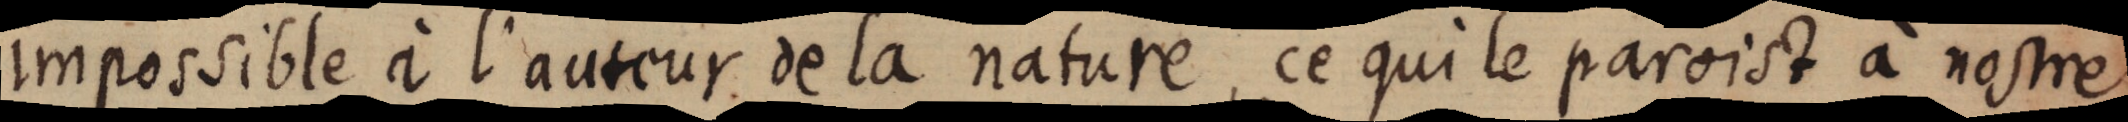
impossible à l’auteur de la nature, ce qui le paroist à nostre